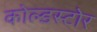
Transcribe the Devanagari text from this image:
कोल्डस्टोर